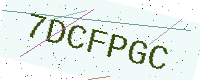
Text: 7DCFPGC